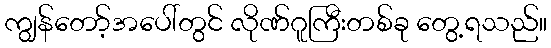
ကျွန်တော့်အပေါ်တွင် လိုဏ်ဂူကြီးတစ်ခု တွေ့ရသည်။